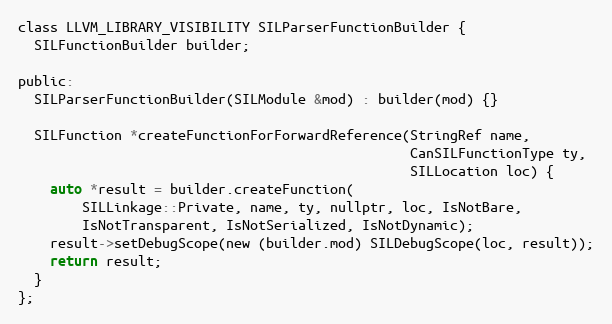
Language: C
class LLVM_LIBRARY_VISIBILITY SILParserFunctionBuilder {
  SILFunctionBuilder builder;

public:
  SILParserFunctionBuilder(SILModule &mod) : builder(mod) {}

  SILFunction *createFunctionForForwardReference(StringRef name,
                                                 CanSILFunctionType ty,
                                                 SILLocation loc) {
    auto *result = builder.createFunction(
        SILLinkage::Private, name, ty, nullptr, loc, IsNotBare,
        IsNotTransparent, IsNotSerialized, IsNotDynamic);
    result->setDebugScope(new (builder.mod) SILDebugScope(loc, result));
    return result;
  }
};